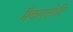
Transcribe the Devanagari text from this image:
मैकएल्डेरी